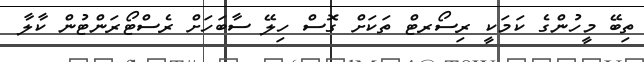
ތިބޭ މީހުންގެ ކަަމަކީ ރިސޯރޓް ތަކަށް ގޮސް ހިލޭ ސާބަހަށް ރެސްޓޯރަންޓުން ކާލާ